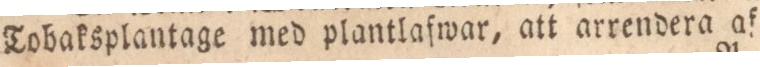
Tobaksplantage med plantlafwar, att arrendera af